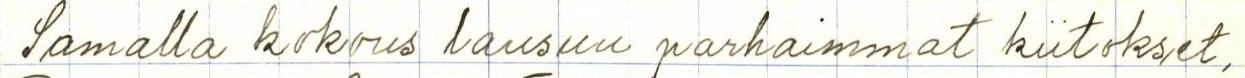
Samalla kokous lausuu parhaimmat kiitokset,